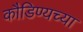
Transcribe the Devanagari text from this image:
कौडिण्यच्या